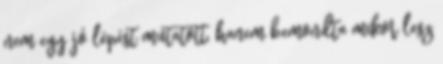
nem egy jó lépést mutatott, hanem bemondta mikor lesz